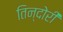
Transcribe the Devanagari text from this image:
तिन्दोरी